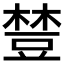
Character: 𧯴